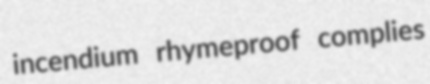
incendium rhymeproof complies